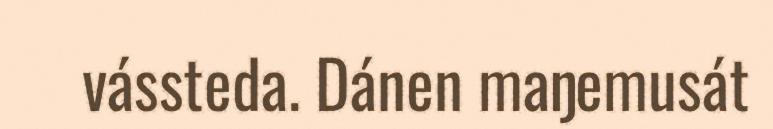
vássteda. Dánen maŋemusát